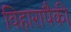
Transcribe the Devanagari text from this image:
विहारापैकी